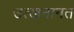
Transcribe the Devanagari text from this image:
उत्खनानत